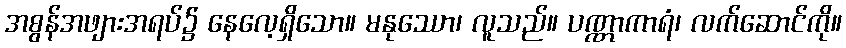
အစွန်အဖျားအရပ်၌ နေလေ့ရှိသော။ မနုဿော၊ လူသည်။ ပဏ္ဏာကာရံ၊ လက်ဆောင်ကို။